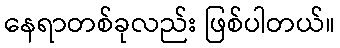
နေရာတစ်ခုလည်း ဖြစ်ပါတယ်။